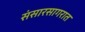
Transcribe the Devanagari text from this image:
संसारसागरात